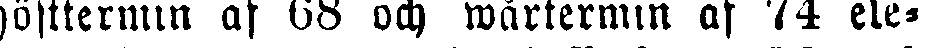
hösttermin af 68 och wårtermin af 74 ele-